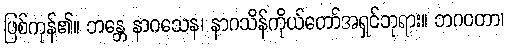
ဖြစ်ကုန်၏။ ဘန္တေ နာဂသေန၊ နာဂသိန်ကိုယ်တော်အရှင်ဘုရား။ ဘဂဝတာ၊